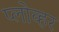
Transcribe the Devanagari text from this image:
प्लोव्हर